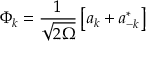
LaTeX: \Phi _ { k } = \frac 1 { \sqrt { 2 \Omega } } \left[ a _ { k } + a _ { - k } ^ { * } \right]